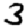
Digit: 3